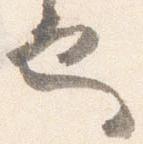
也